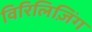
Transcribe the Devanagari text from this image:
विरिलिज़िंग